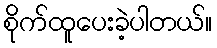
စိုက်ထူပေးခဲ့ပါတယ်။